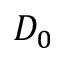
D _ { 0 }